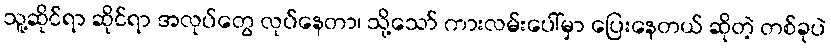
သူ့ဆိုင်ရာ ဆိုင်ရာ အလုပ်တွေ လုပ်နေတာ၊ သို့သော် ကားလမ်းပေါ်မှာ ပြေးနေတယ် ဆိုတဲ့ တစ်ခုပဲ